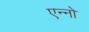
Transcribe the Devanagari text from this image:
एन्नो